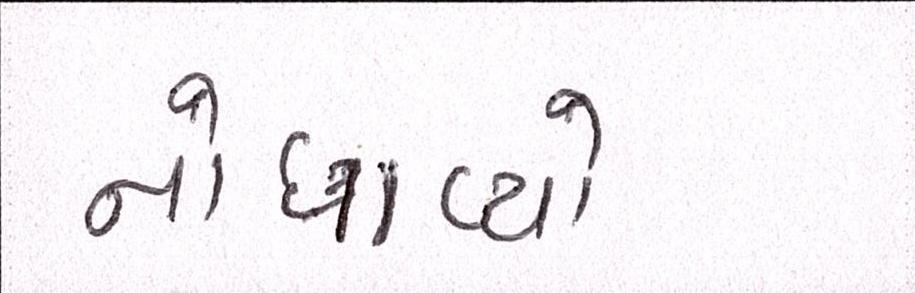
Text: નોધાવ્યો